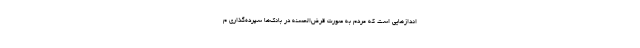
اندازهایی است که مردم به صورت قرض‌الحسنه در بانک‌ها سپرده‌گذاری م